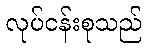
လုပ်ငန်းစုသည်